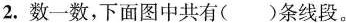
2.数一数，下面图中共有()条线段。